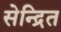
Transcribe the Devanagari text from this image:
सेन्द्रित